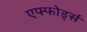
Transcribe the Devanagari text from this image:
एफ्फोर्ड्स